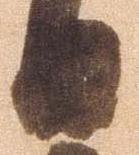
日